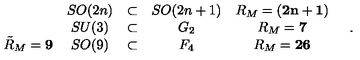
\begin{array} { c c c c c } { } & { S O ( 2 n ) } & { \subset } & { S O ( 2 n + 1 ) } & { R _ { M } = { \bf ( 2 n + 1 ) } } \\ { } & { S U ( 3 ) } & { \subset } & { G _ { 2 } } & { R _ { M } = { \bf 7 } } \\ { \tilde { R } _ { M } = { \bf 9 } } & { S O ( 9 ) } & { \subset } & { F _ { 4 } } & { R _ { M } = { \bf 2 6 } } \\ \end{array} \quad .